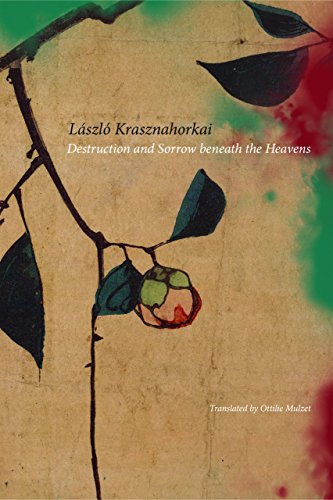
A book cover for Destruction and Sorrow beneath the Heavens: Reportage; LÃ¡szlÃ³ Krasznahorkai; Biographies & Memoirs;